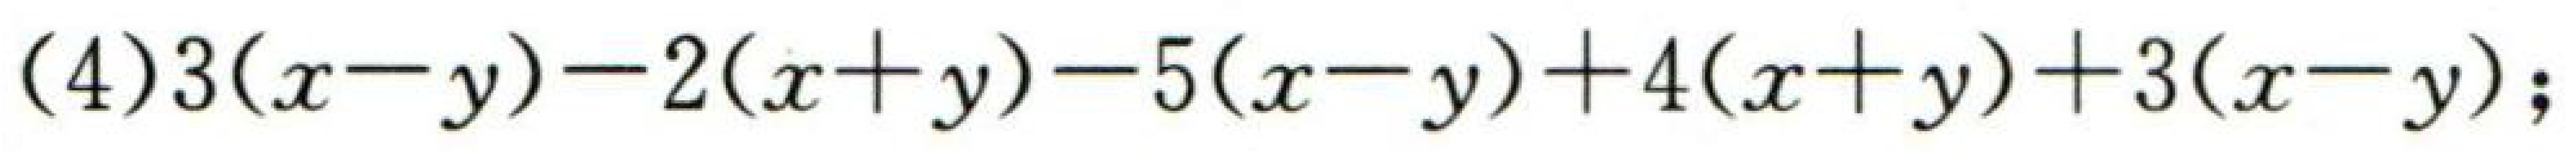
\((4)3(x - y)-2(x + y)-5(x - y)+4(x + y)+3(x - y);\)